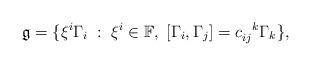
LaTeX: \begin{align*}\mathfrak{g} = \{\xi^i\Gamma_i\;:\; \xi^i \in \mathbb{F},\; [\Gamma_i,\Gamma_j] = c_{ij}^{\;\;\;k}\Gamma_k\},\end{align*}